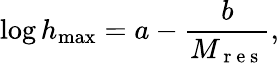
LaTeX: \log h_{\operatorname*{max}}=a-\frac{b}{M_{\mathrm{~r~e~s~}}},